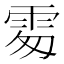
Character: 𩂜